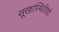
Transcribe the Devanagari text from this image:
सूखास्थितियों